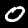
Digit: 0